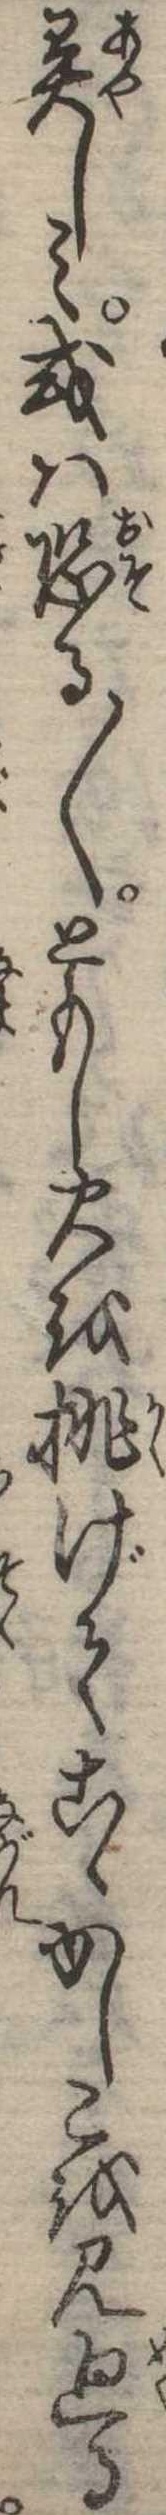
異しみ或は恐〱ともし火を挑げてこゝかしこを見廻る